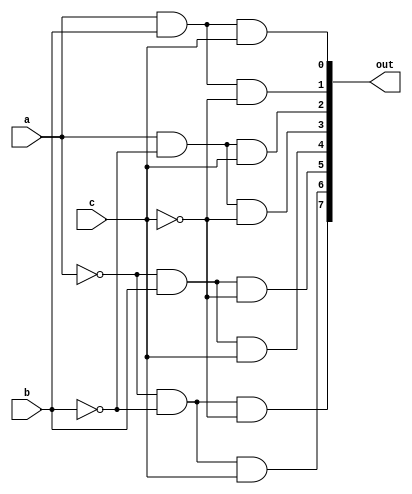
module DECODER(out, a, b, c);

	input a, b, c;
	output [0:7]out;
	wire x, y, z;

	not n1(x, a);
	not n2(y, b);
	not n3(z, c);

	and a1(out[0], x, y, z);
	and a2(out[1], x, y, c);
	and a3(out[2], x, b, z);
	and a4(out[3], x, b, c);
	and a5(out[4], a, y, z);
	and a6(out[5], a, y, c);
	and a7(out[6], a, b, z);
	and a8(out[7], a, b, c);

endmodule

module FADDER(s, c, a, b, cin);
	input a, b, cin;
	output s, c;
	wire [0:7] d;

	DECODER dec(d, a, b, cin);
	assign sum = d[1] | d[2] | d[4] | d[7];
	assign c = d[3] | d[5] | d[6] | d[7];
endmodule

module FADDER8(sum, carry, A, B, Cin);
	input [7:0]A, B;
	input Cin;
	output [7:0]sum;
	output carry;
	wire a, b, c, d, e, f, g, h;

	FADDER f1(sum[0], a, A[0], B[0], Cin);
	FADDER f2(sum[1], b, A[1], B[1], a);
	FADDER f3(sum[2], c, A[2], B[2], b);
	FADDER f4(sum[3], d, A[3], B[3], c);
	FADDER f5(sum[4], e, A[4], B[4], d);
	FADDER f6(sum[5], f, A[5], B[5], e);
	FADDER f7(sum[6], g, A[6], B[6], f);
	FADDER f8(sum[7], h, A[7], B[7], g);
endmodule

module testbench_8BFA;
  reg [7:0] A, B;
  reg CarryIn;
  wire  [7:0]Sum;
  wire  Carry;
  integer i, j;
  FADDER8 mod(Sum, Carry, A, B, CarryIn);
  
  initial
    begin
      $monitor($time," A = %b, B = %b, Carry In = %b, Carry = %b, Sum = %b.", A, B, CarryIn, Carry, Sum);
      #0  A=8'b00000000;  B=8'b00000000;  CarryIn=1'b0;
      for(i=0; i<256; i=i+1)
        begin
          for(j=0; j<256; j=j+1)
            begin
              #3  CarryIn = CarryIn+1'b1;
              B=B+8'b00000001;
            end
            A=A+8'b00000001;
        end
    end
endmodule